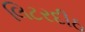
લિટરદીઠ